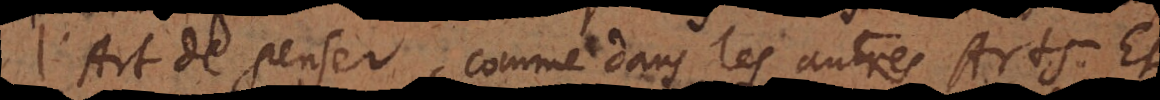
l’Art de penser, comme dans les autres Arts. Et